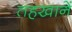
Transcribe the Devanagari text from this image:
तहखानें